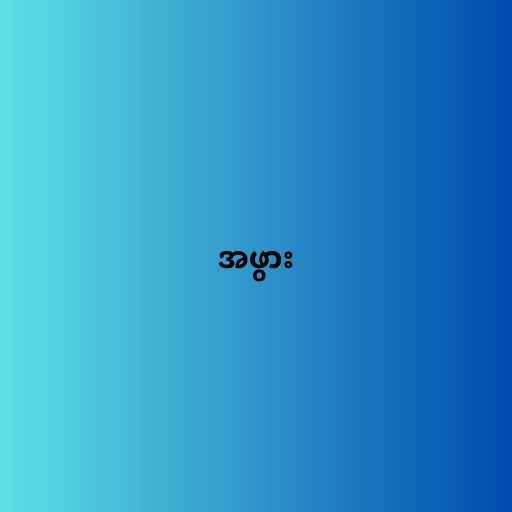
အဖွား